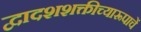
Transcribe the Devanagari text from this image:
द्वादशशक्तीच्यारूपाचें